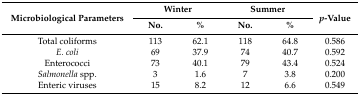
<table><thead><tr><td rowspan="2"><b>Microbiological Parameters</b></td><td colspan="2"><b>Winter</b></td><td colspan="2"><b>Summer</b></td><td rowspan="2"><b><i>p</i>-Value</b></td></tr><tr><td><b>No.</b></td><td><b>%</b></td><td><b>No.</b></td><td><b>%</b></td></tr></thead><tbody><tr><td>Total coliforms</td><td>113</td><td>62.1</td><td>118</td><td>64.8</td><td>0.586</td></tr><tr><td><i>E. coli</i></td><td>69</td><td>37.9</td><td>74</td><td>40.7</td><td>0.592</td></tr><tr><td>Enterococci</td><td>73</td><td>40.1</td><td>79</td><td>43.4</td><td>0.524</td></tr><tr><td><i>Salmonella</i> spp.</td><td>3</td><td>1.6</td><td>7</td><td>3.8</td><td>0.200</td></tr><tr><td>Enteric viruses</td><td>15</td><td>8.2</td><td>12</td><td>6.6</td><td>0.549</td></tr></tbody></table>